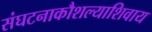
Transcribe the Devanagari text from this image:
संघटनाकौशल्याशिवाय